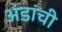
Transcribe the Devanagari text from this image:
अंडांची